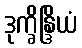
ဒုက္ခိန္ဒြိယံ